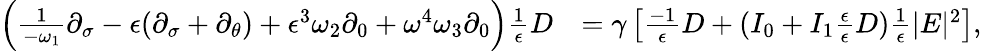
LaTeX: \begin{array}{rl}{\left(\frac{1}{-\omega_{1}}\partial_{\sigma}-\epsilon(\partial_{\sigma}+\partial_{\theta})+\epsilon^{3}\omega_{2}\partial_{0}+\omega^{4}\omega_{3}\partial_{0}\right)\frac{1}{\epsilon}D}&{=\gamma\left[\frac{-1}{\epsilon}D+(I_{0}+I_{1}\frac{\epsilon}{\epsilon}D)\frac{1}{\epsilon}|E|^{2}\right],}\end{array}